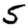
Digit: 5